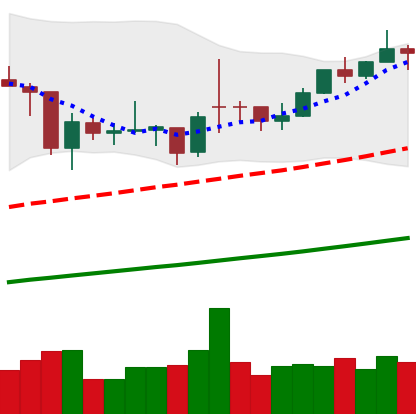
Ticker: BTC-USD
Chart end date: 2021-02-07
Forward return: 22.11%
Label: up_7plus